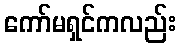
ကော်မရှင်ကလည်း